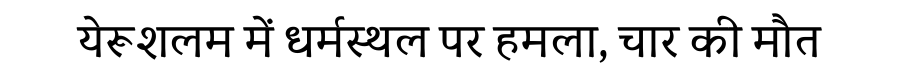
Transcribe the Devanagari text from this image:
येरूशलम में धर्मस्थल पर हमला, चार की मौत